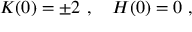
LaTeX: K ( 0 ) = \pm 2 \ , \quad H ( 0 ) = 0 \ ,